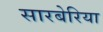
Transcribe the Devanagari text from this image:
सारबेरिया